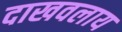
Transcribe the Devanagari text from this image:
दाखवलाय